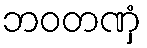
ဘဝတဏှံ